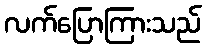
လက်ပြောကြားသည်